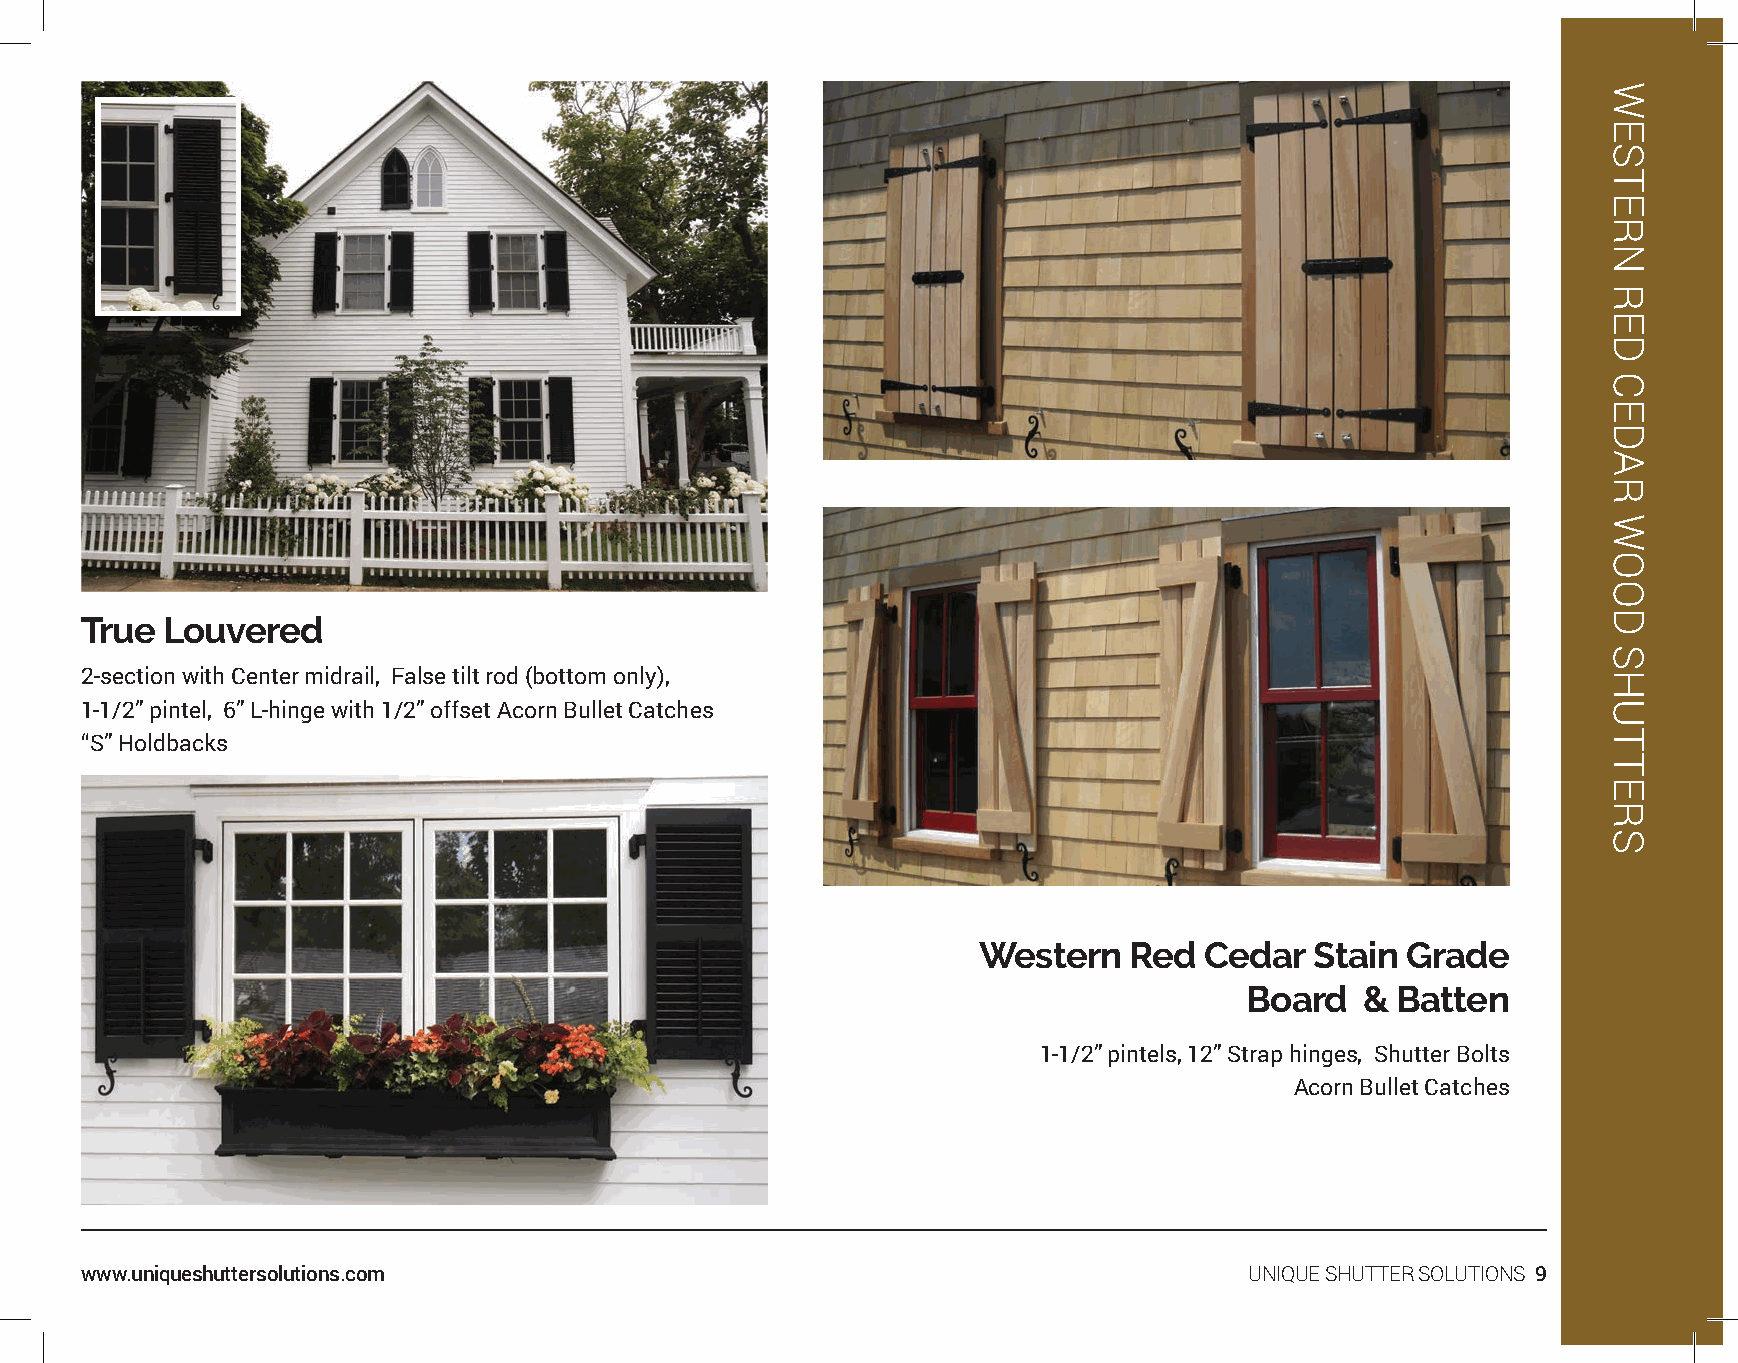
True  Louvered
 2-section with Center midrail, False tilt rod (bottom only),
 1-1/2” pintel, 6” L-hinge with 1/2” offset Acorn Bullet Catches
 “S” Holdbacks
 Western   Red  Cedar  Stain Grade
 Board   & Batten
 1-1/2” pintels, 12” Strap hinges, Shutter Bolts
 Acorn Bullet Catches
 www.uniqueshuttersolutions.com                                                UNIQUE SHUTTER SOLUTIONS 9
 WESTERN
 RED
 CEDAR
 WOOD
 SHUTTERS